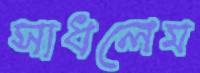
সাধলেম